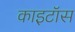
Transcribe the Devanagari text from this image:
काइटॉस